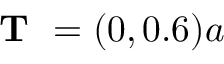
\textbf { T } = ( 0 , 0 . 6 ) a